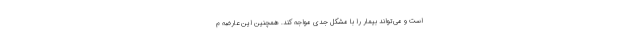
است و می‌تواند بیمار را با مشکل جدی مواجه کند. همچنین این عارضه م